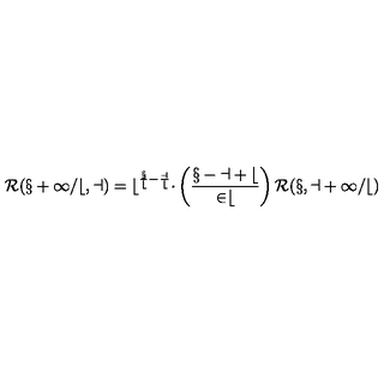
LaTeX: \cal R ( x + 1 / b , a ) = b ^ { \frac x b - \frac a b } \Delta \left( \frac { x - a + b } { 2 b } \right) \cal R ( x , a + 1 / b )